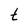
Character: t